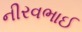
નીરવભાઈ